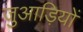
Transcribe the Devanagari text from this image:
जुआड़ियों